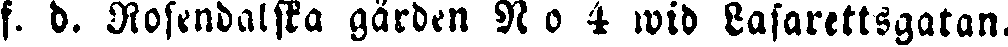
f. d. Rosendalska gården N o 4 wid Lasarettsgatan.